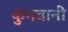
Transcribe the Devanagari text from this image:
कुंगवानी